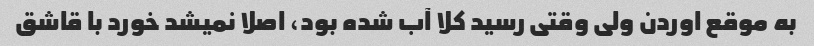
به موقع اوردن ولی وقتی رسید کلا آب شده بود، اصلا نمیشد خورد با قاشق